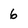
Character: 6